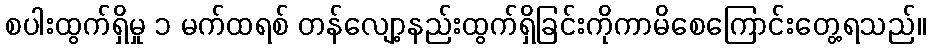
စပါးထွက်ရှိမှု ၁ မက်ထရစ် တန်လျော့နည်းထွက်ရှိခြင်းကိုကာမိစေကြောင်းတွေ့ရသည်။